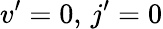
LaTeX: v^{\prime}=0,\, j^{\prime}=0